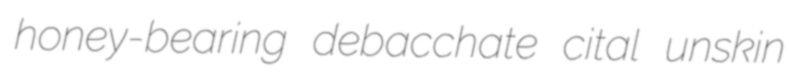
honey-bearing debacchate cital unskin